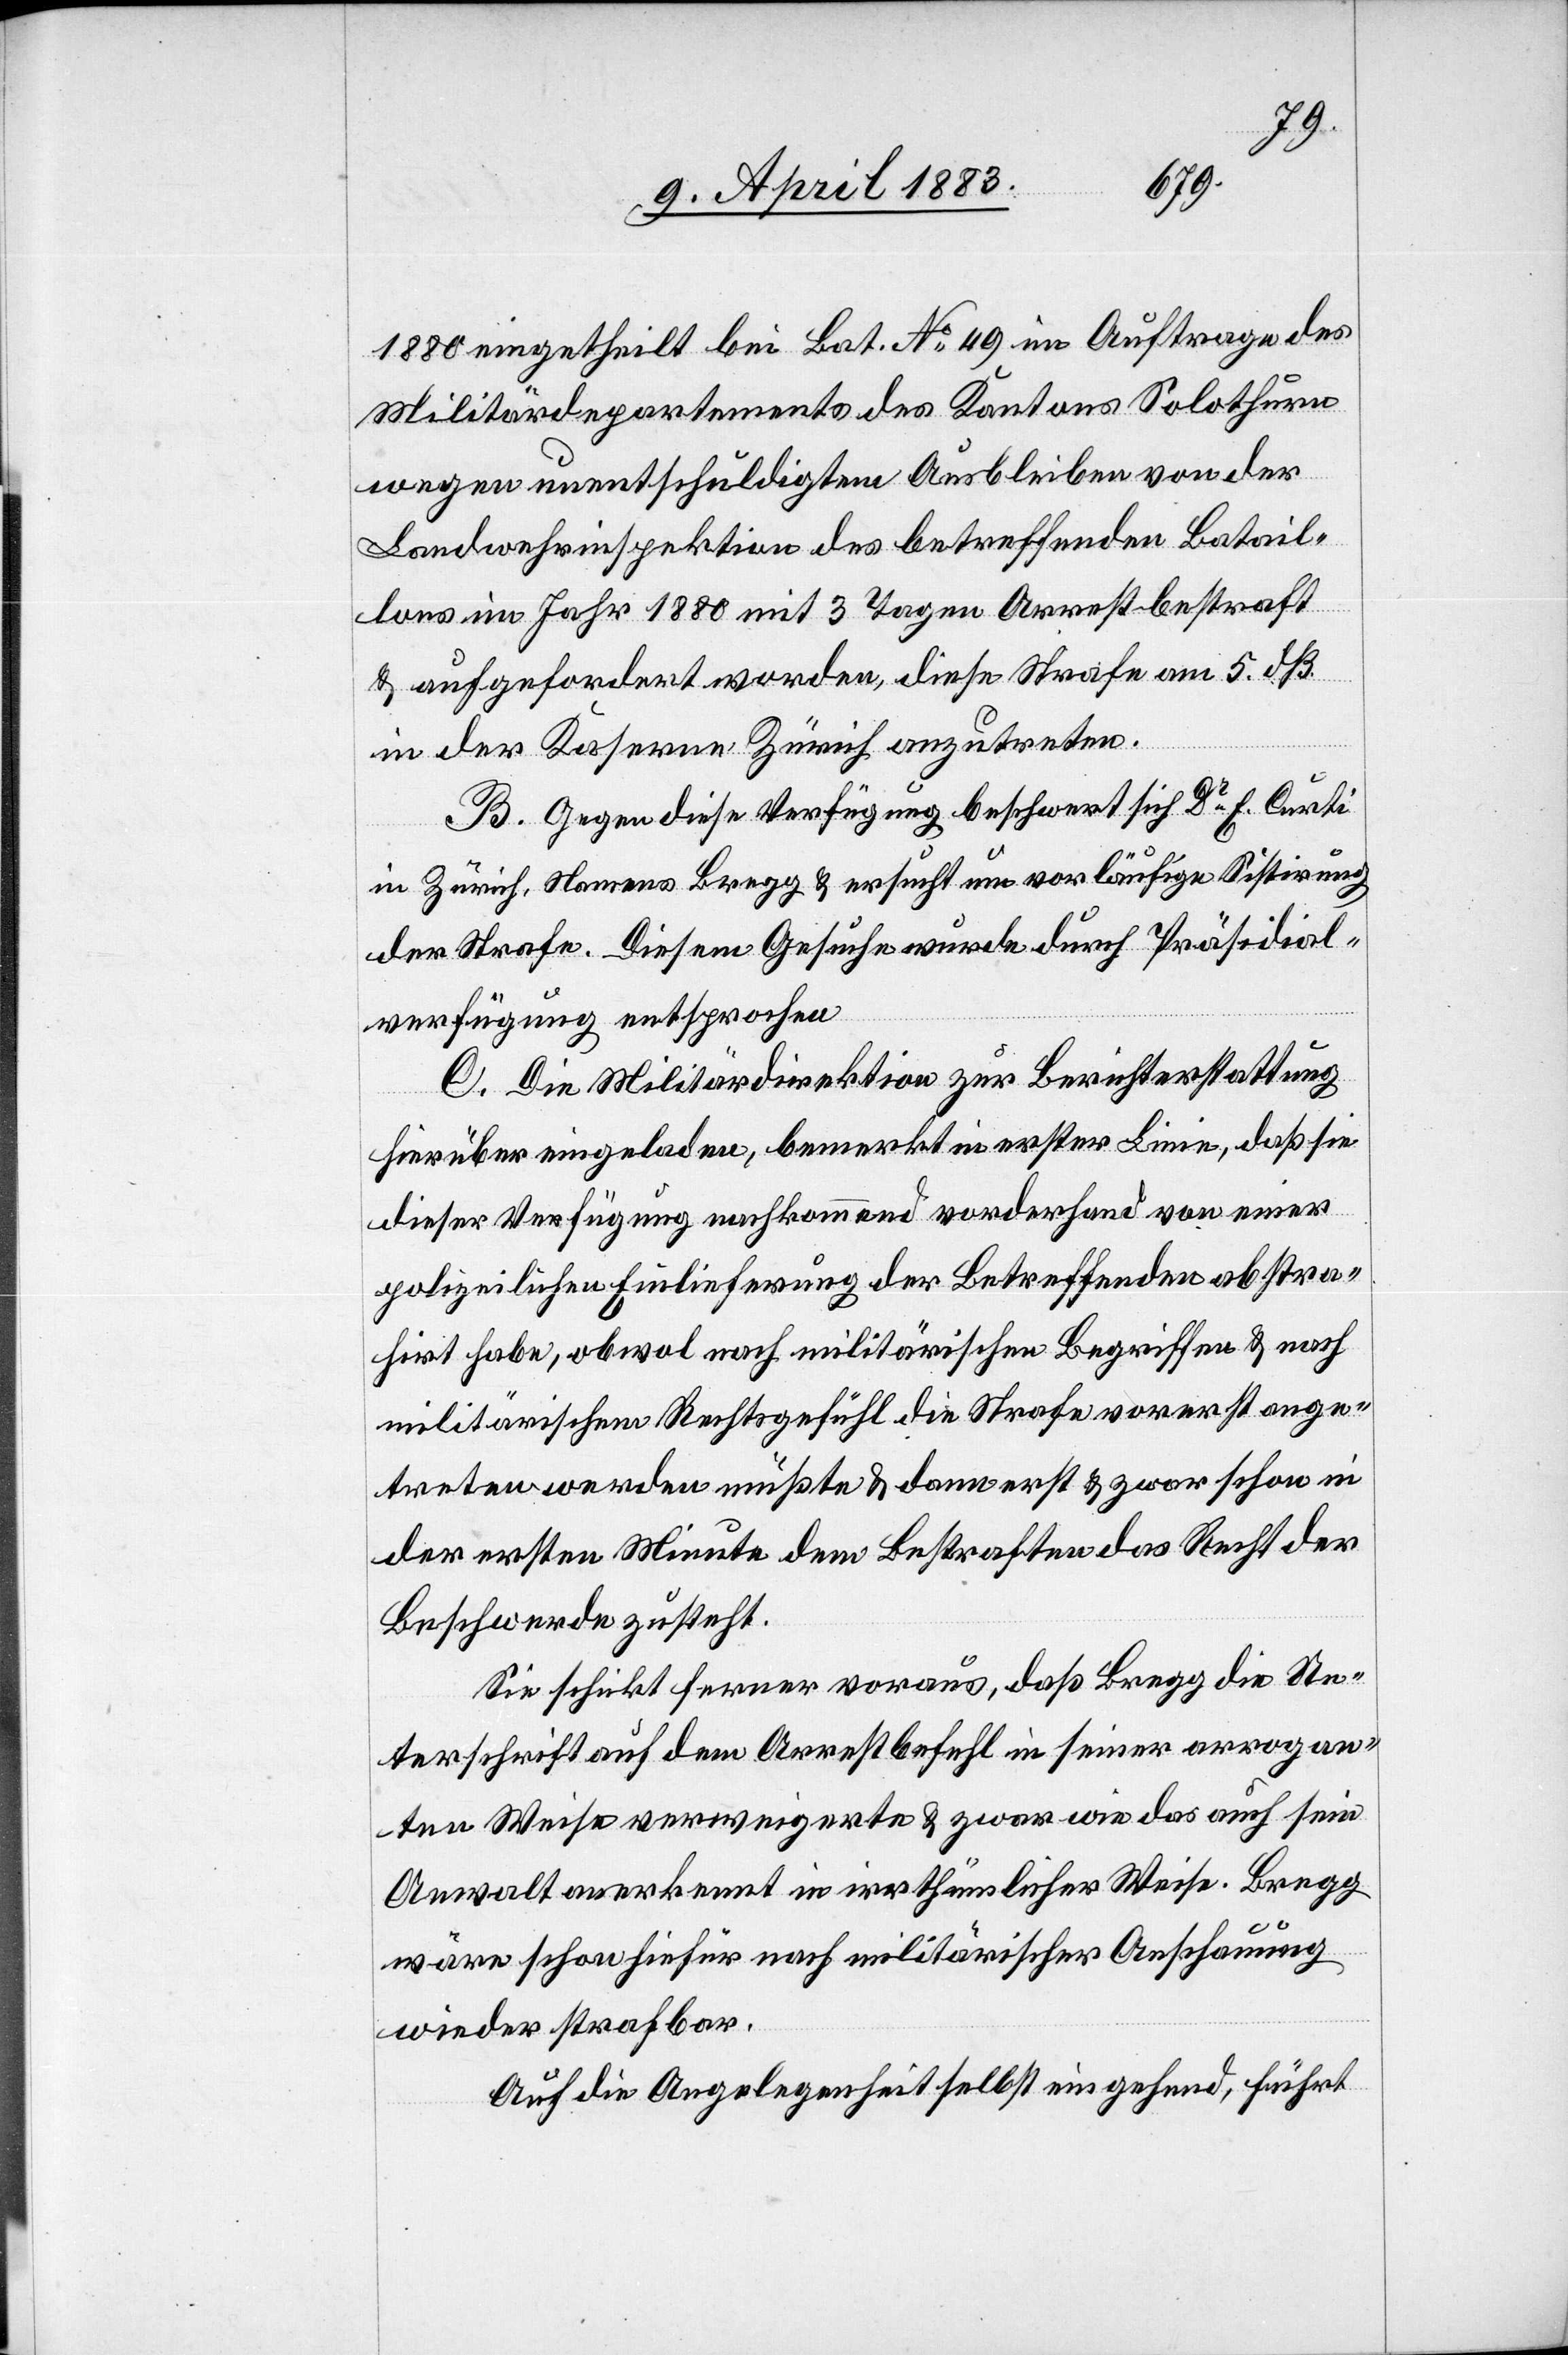
1880 eingetheilt bei Bat. No 49 im Auftrage des
Militärdepartements des Kantons Solothurn
wegen unentschuldigtem Ausbleiben von der
Landwehrinspektion des betreffenden Batail¬
lons im Jahr 1880 mit 3 Tagen Arrest bestraft
& aufgefordert worden, diese Strafe am 5. dß.
in der Kaserne Zürich anzutreten.
B. Gegen diese Verfügung beschwert sich Dr E. Curti
in Zürich, Namens Bregg & ersucht um vorläufige Sistirung
der Strafe. Diesem Gesuche wurde durch Präsidial¬
verfügung entsprochen.
C. Die Militärdirektion zur Berichterstattung
hierüber eingeladen, bemerkt in erster Linie, daß sie
dieser Verfügung nachkommend vorderhand von einer
polizeilichen Einlieferung der Betreffenden abstra¬
hirt habe, obwol nach militärischen Begriffen & nach
militärischem Rechtsgefühl die Strafe vorerst ange¬
treten werden müßte & dann erst & zwar schon in
der ersten Minute dem Bestraften das Recht der
Beschwerde zusteht.
Sie schickt ferner voraus, daß Bregg die Un¬
terschrift auf dem Arrestbefehl in seiner arrogan¬
ten Weise verweigerte & zwar wie das auch sein
Anwalt anerkennt in irrthümlicher Weise. Bregg
wäre schon hiefür nach militärischer Anschauung
wieder strafbar.
Auf die Angelegenheit selbst eingehend, führt